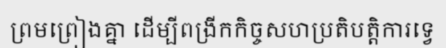
ព្រមព្រៀងគ្នា ដើម្បីពង្រីកកិច្ចសហប្រតិបត្តិការទ្វេ